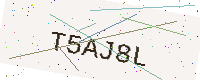
Text: T5AJ8L